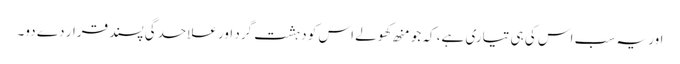
اور یہ سب اس کی ہی تیاری ہے، کہ جو منھ کھولے اس کو دہشت گرد اور علاحدگی پسند قرار دے دو۔